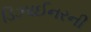
ડિઝાઈનરની